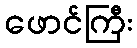
ဖောင်ကြီး